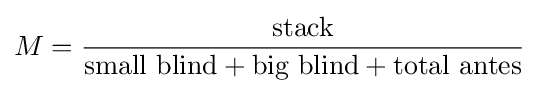
M={\frac {\mbox{stack}}{{\mbox{small blind}}+{\mbox{big blind}}+{\mbox{total antes}}}}